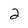
Character: 2